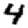
Digit: 4